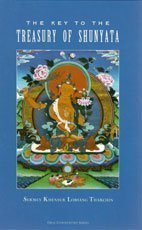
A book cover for The Key to the Treasury of Shunyata: Dependent Arising and Emptiness ; Commentaries by Sermey Khensur Lobsang Tharchin Sermey Khensur Tharchin (Multilingual Edition); Lobsang Tharchin; Religion & Spirituality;